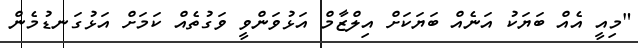
"މިއީ އެއް ބަޔަކު އަނެއް ބަޔަކަށް އިލްޒާމް އަޅުވަންވީ ވަގުތެއް ކަމަށް އަޅުގަނޑުމެން